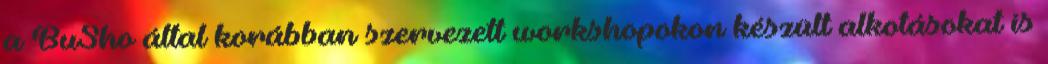
a BuSho által korábban szervezett workshopokon készült alkotásokat is